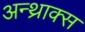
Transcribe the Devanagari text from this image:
अन्थ्राक्स